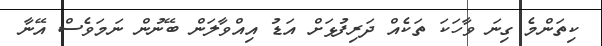
ކިތަންމެ ގިނަ ވާހަކަ ތަކެއް ދަރިފުޅަށް އަޑު އިއްވާލަން ބޭނުން ނަމަވެސް އޭނާ